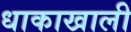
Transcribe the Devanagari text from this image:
धाकाखाली